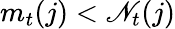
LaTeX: m_{t}(j)<\mathscr{N}_{t}(j)